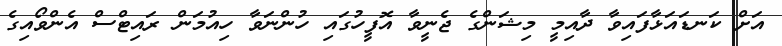
އަށް ކަނޑައަޅާފައިވާ ދާއިމީ މިޝަންގެ ޖެނީވާ އޮފީހުގައި ހުންނަވާ ހިއުމަން ރައިޓްސް އެންވޯއިގެ